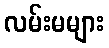
လမ်းမများ